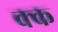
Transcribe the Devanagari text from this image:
क्क